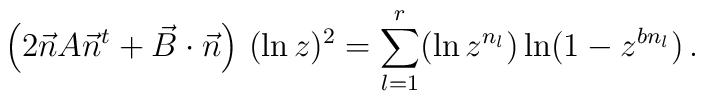
\left( 2\vec{n}A\vec{n}^{t}+\vec{B}\cdot \vec{n}\right)\,(\ln z)^2 = \sum\limits_{l=1}^{r} (\ln z^{n_{l}}) \ln (1-z^{bn_{l}})\,.